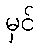
မှင်